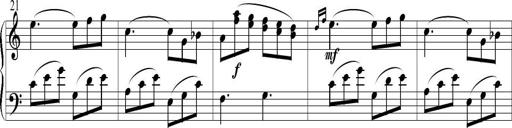
Title: 6 Leichte Sonatinen, Teil 1
Composer: F. Sigismund Sander